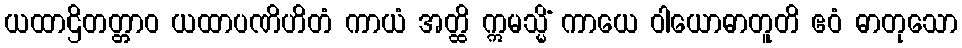
ယထာဌိတတ္တာဝ ယထာပဏိဟိတံ ကာယံ အတ္ထိ ဣမသ္မိံ ကာယေ ဝါယောဓာတူတိ ဧဝံ ဓာတုသော